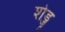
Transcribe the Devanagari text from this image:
शेड्जू